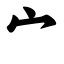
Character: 宀